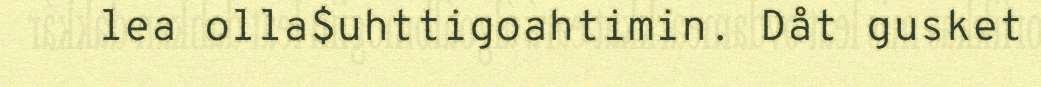
lea olla$uhttigoahtimin. Dåt gusket